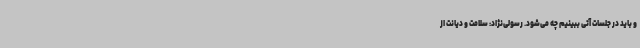
و باید در جلسات آتی ببینیم چه می‌شود. رسولی‌نژاد: سلامت و دیانت از